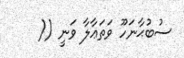
ސުބުޙާނަހޫ ވަތަޢާލާ ވަނީ ((